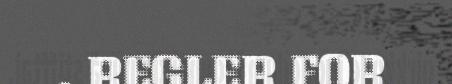
. REGLER FOR